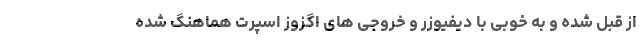
از قبل شده و به خوبی با دیفیوزر و خروجی های اگزوز اسپرت هماهنگ شده